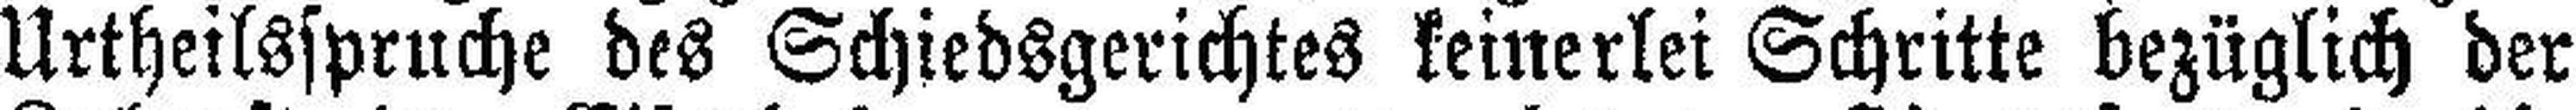
Urtheilsspruche des Schiedsgerichtes keinerlei Schritte bezüglich der